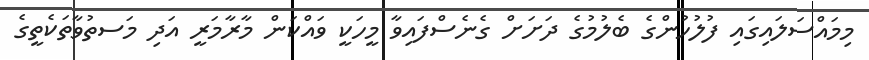
މިމައްސަލައިގައި ފުލުހުންގެ ބެލުމުގެ ދަށަށް ގެނެސްފައިވާ މީހަކީ ވައްކަން މާރާމަރީ އަދި މަސތުވާތަކެތީގެ